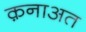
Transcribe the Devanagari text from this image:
क़नाअत